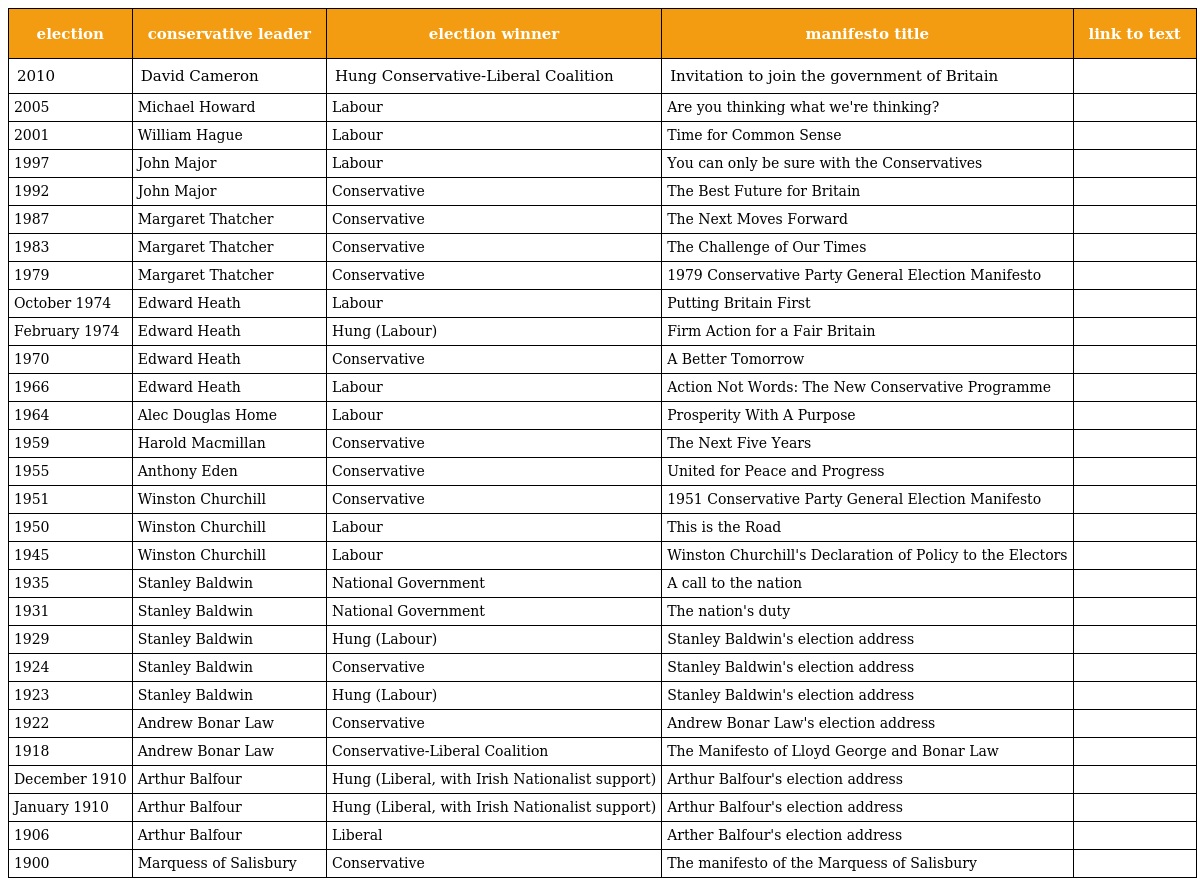
| election | conservative leader | election winner | manifesto title | link to text |
 | --- | --- | --- | --- | --- |
 | 2010 | David Cameron | Hung Conservative-Liberal Coalition | Invitation to join the government of Britain |  |
 | 2005 | Michael Howard | Labour | Are you thinking what we're thinking? |  |
 | 2001 | William Hague | Labour | Time for Common Sense |  |
 | 1997 | John Major | Labour | You can only be sure with the Conservatives |  |
 | 1992 | John Major | Conservative | The Best Future for Britain |  |
 | 1987 | Margaret Thatcher | Conservative | The Next Moves Forward |  |
 | 1983 | Margaret Thatcher | Conservative | The Challenge of Our Times |  |
 | 1979 | Margaret Thatcher | Conservative | 1979 Conservative Party General Election Manifesto |  |
 | October 1974 | Edward Heath | Labour | Putting Britain First |  |
 | February 1974 | Edward Heath | Hung (Labour) | Firm Action for a Fair Britain |  |
 | 1970 | Edward Heath | Conservative | A Better Tomorrow |  |
 | 1966 | Edward Heath | Labour | Action Not Words: The New Conservative Programme |  |
 | 1964 | Alec Douglas Home | Labour | Prosperity With A Purpose |  |
 | 1959 | Harold Macmillan | Conservative | The Next Five Years |  |
 | 1955 | Anthony Eden | Conservative | United for Peace and Progress |  |
 | 1951 | Winston Churchill | Conservative | 1951 Conservative Party General Election Manifesto |  |
 | 1950 | Winston Churchill | Labour | This is the Road |  |
 | 1945 | Winston Churchill | Labour | Winston Churchill's Declaration of Policy to the Electors |  |
 | 1935 | Stanley Baldwin | National Government | A call to the nation |  |
 | 1931 | Stanley Baldwin | National Government | The nation's duty |  |
 | 1929 | Stanley Baldwin | Hung (Labour) | Stanley Baldwin's election address |  |
 | 1924 | Stanley Baldwin | Conservative | Stanley Baldwin's election address |  |
 | 1923 | Stanley Baldwin | Hung (Labour) | Stanley Baldwin's election address |  |
 | 1922 | Andrew Bonar Law | Conservative | Andrew Bonar Law's election address |  |
 | 1918 | Andrew Bonar Law | Conservative-Liberal Coalition | The Manifesto of Lloyd George and Bonar Law |  |
 | December 1910 | Arthur Balfour | Hung (Liberal, with Irish Nationalist support) | Arthur Balfour's election address |  |
 | January 1910 | Arthur Balfour | Hung (Liberal, with Irish Nationalist support) | Arthur Balfour's election address |  |
 | 1906 | Arthur Balfour | Liberal | Arther Balfour's election address |  |
 | 1900 | Marquess of Salisbury | Conservative | The manifesto of the Marquess of Salisbury |  |